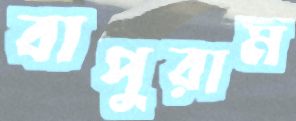
বাপুরাম